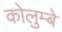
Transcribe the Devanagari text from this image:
कोलुम्बे